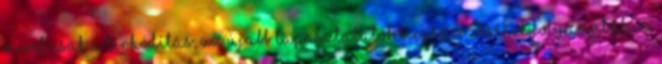
mivel csak a térhódítás, az újabb tapasztalatok megszerzésének folyamatában,